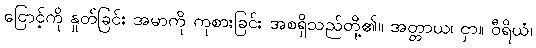
ငြောင့်ကို နှုတ်ခြင်း အမာကို ကုစားခြင်း အစရှိသည်တို့၏။ အတ္တာယ၊ ငှာ။ ဝီရိယံ၊